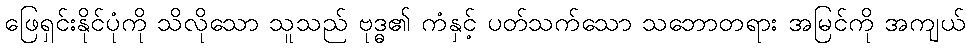
ဖြေရှင်းနိုင်ပုံကို သိလိုသော သူသည် ဗုဒ္ဓ၏ ကံနှင့် ပတ်သက်သော သဘောတရား အမြင်ကို အကျယ်